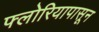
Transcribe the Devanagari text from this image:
फ्लोरियापासून